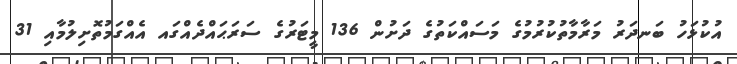
އުކުޅަހު ބަނދަރު މަރާމާތުކުރުމުގެ މަސައްކަތުގެ ދަށުން 136 މީޓަރުގެ ސަރަޙައްދެއްގައ އެއްގަމުތޮށިލުމާއި 31